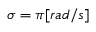
\sigma = \pi [ r a d / s ]